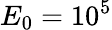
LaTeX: E_{0}=10^{5}